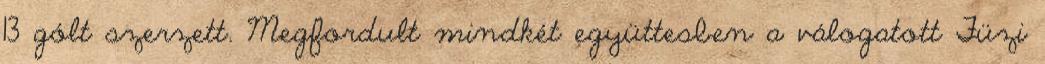
13 gólt szerzett. Megfordult mindkét együttesben a válogatott Füzi